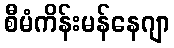
စီမံကိန်းမန်နေဂျာ